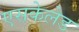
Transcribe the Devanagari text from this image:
एसकेलेड